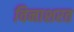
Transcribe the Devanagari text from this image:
विनाशरत